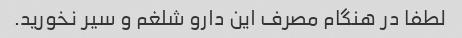
لطفا در هنگام مصرف این دارو شلغم و سیر نخورید.